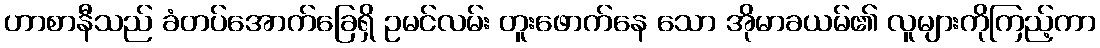
ဟာစာနီသည် ခံတပ်အောက်ခြေရှိ ဥမင်လမ်း တူးဖောက်နေ သော အိုမာခယမ်၏ လူများကိုကြည့်ကာ